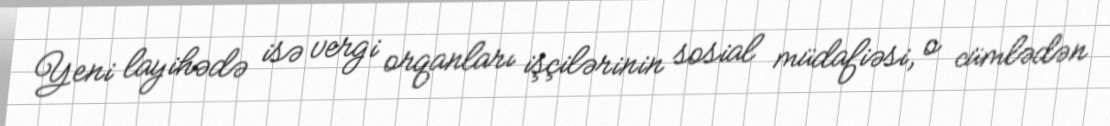
Yeni layihədə isə vergi orqanları işçilərinin sosial müdafiəsi, o cümlədən